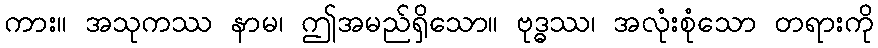
ကား။ အသုကဿ နာမ၊ ဤအမည်ရှိသော။ ဗုဒ္ဓဿ၊ အလုံးစုံသော တရားကို